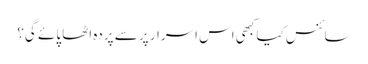
سائنس کیا کبھی اس اسرار پر سے پردہ اٹھا پائے گی؟